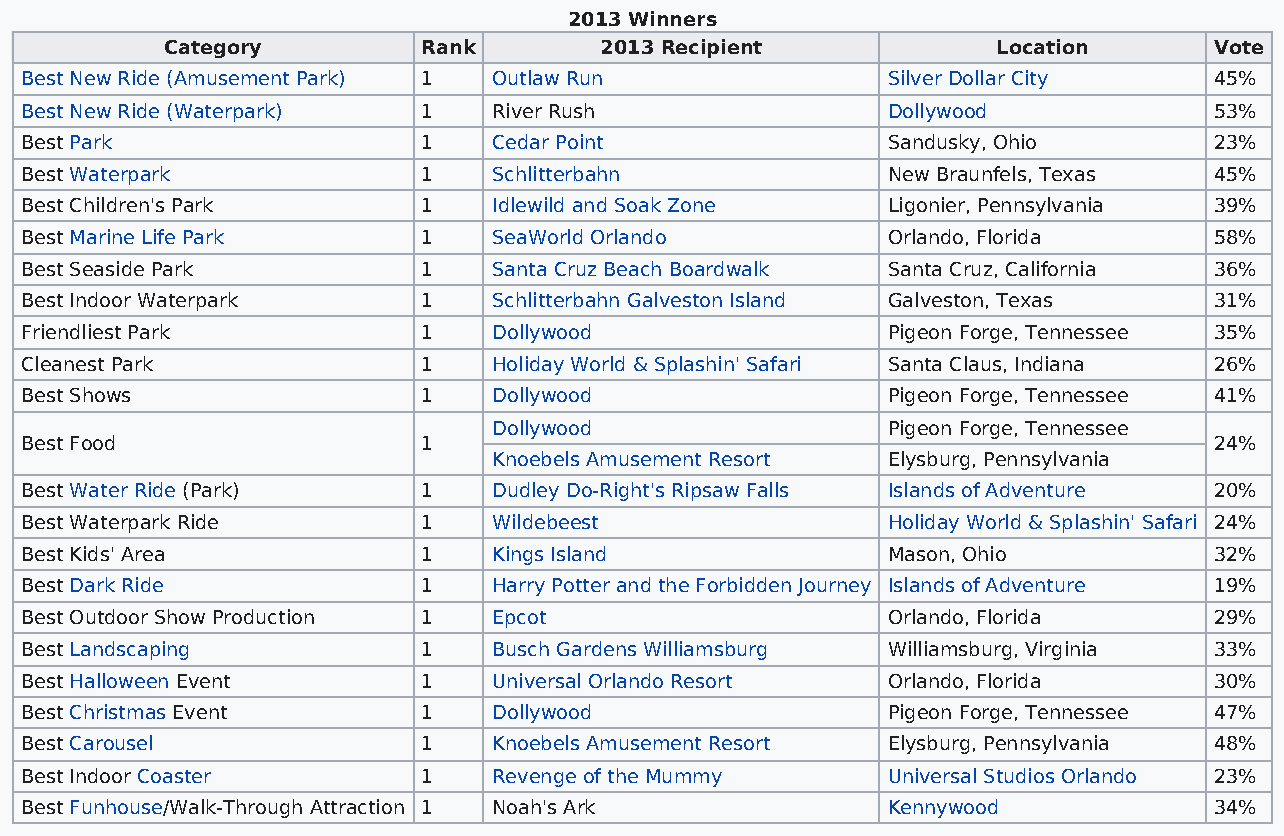
2013 Winners
 Category         Rank        2013 Recipient            Location      Vote
 Best New Ride (Amusement Park) 1 Outlaw Run               Silver Dollar City   45%
 Best New Ride (Waterpark)  1    River Rush                Dollywood            53%
 Best Park                  1    Cedar Point               Sandusky, Ohio       23%
 Best Waterpark             1    Schlitterbahn             New Braunfels, Texas 45%
 Best Children's Park       1    Idlewild and Soak Zone    Ligonier, Pennsylvania 39%
 Best Marine Life Park      1    SeaWorld Orlando          Orlando, Florida     58%
 Best Seaside Park          1    Santa Cruz Beach Boardwalk Santa Cruz, California 36%
 Best Indoor Waterpark      1    Schlitterbahn Galveston Island Galveston, Texas 31%
 Friendliest Park           1    Dollywood                 Pigeon Forge, Tennessee 35%
 Cleanest Park              1    Holiday World & Splashin' Safari Santa Claus, Indiana 26%
 Best Shows                 1    Dollywood                 Pigeon Forge, Tennessee 41%
 Dollywood                 Pigeon Forge, Tennessee
 Best Food                  1                                                   24%
 Knoebels Amusement Resort Elysburg, Pennsylvania
 Best Water Ride (Park)     1    Dudley Do-Right's Ripsaw Falls Islands of Adventure 20%
 Best Waterpark Ride        1    Wildebeest                Holiday World & Splashin' Safari 24%
 Best Kids' Area            1    Kings Island              Mason, Ohio          32%
 Best Dark Ride             1    Harry Potter and the Forbidden Journey Islands of Adventure 19%
 Best Outdoor Show Production 1  Epcot                     Orlando, Florida     29%
 Best Landscaping           1    Busch Gardens Williamsburg Williamsburg, Virginia 33%
 Best Halloween Event       1    Universal Orlando Resort  Orlando, Florida     30%
 Best Christmas Event       1    Dollywood                 Pigeon Forge, Tennessee 47%
 Best Carousel              1    Knoebels Amusement Resort Elysburg, Pennsylvania 48%
 Best Indoor Coaster        1    Revenge of the Mummy      Universal Studios Orlando 23%
 Best Funhouse/Walk-Through Attraction 1 Noah's Ark        Kennywood            34%